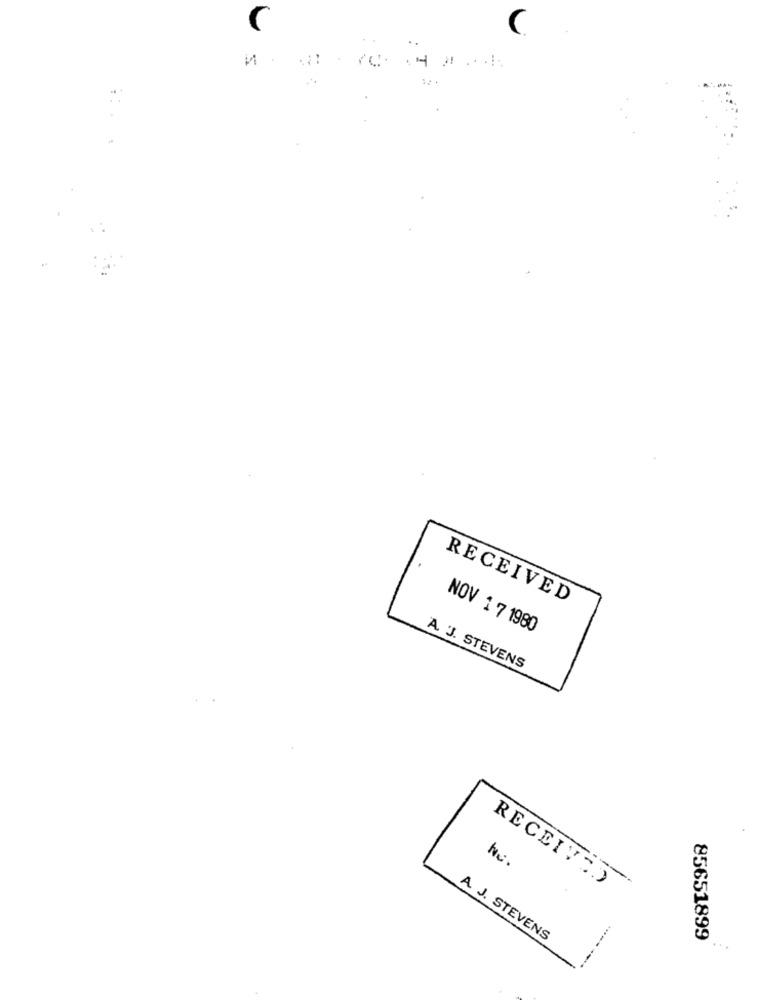
C
C
и .
RECEIVED
NOV 1 7 1980
A. J. STEVENS
RECEIVED
A J. STEVENS
85651899